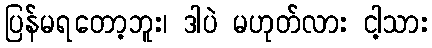
ပြန်မရတော့ဘူး၊ ဒါပဲ မဟုတ်လား ငါ့သား